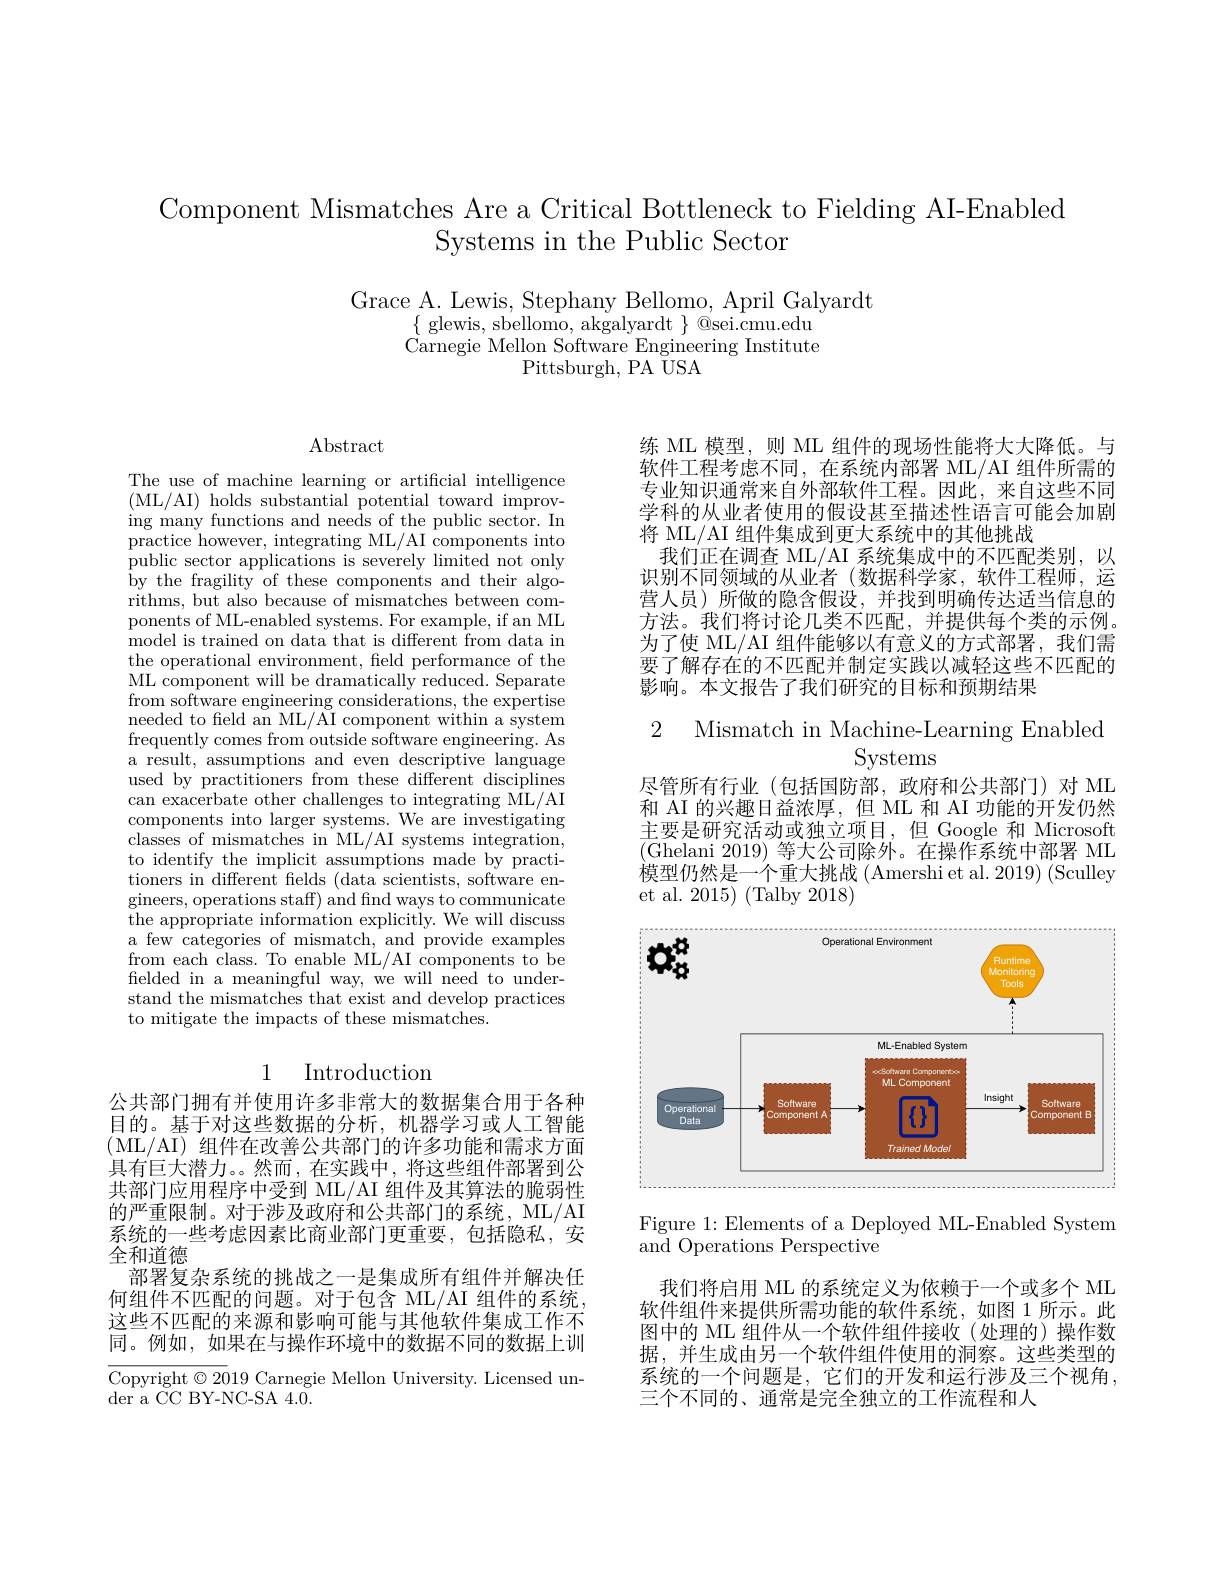
Component Mismatches Are a Critical Bottleneck to Fielding AI-Enabled
Systems in the Public Sector

Grace A. Lewis, Stephany Bellomo, April Galyardt
$\{$glewis, sbellomo, akgalyardt$\}$@sei.cmu.edu Carnegie Mellon Software Engineering Institute
Pittsburgh, PA USA

$\operatorname{Abstract}$

The use of machine learning or artificial intelligence (ML/AI) holds substantial potential toward improving many functions and needs of the public sector. In practice however, integrating ML/AI components into public sector applications is severely limited not only by the fragility of these components and their algorithms, but also because of mismatches between components of ML-enabled systems. For example, if an ML model is trained on data that is different from data in the operational environment, field performance of the ML component will be dramatically reduced. Separate from software engineering considerations, the expertise needed to field an ML/AI component within a system frequently comes from outside software engineering. As a result, assumptions and even descriptive language used by practitioners from these different disciplines can exacerbate other challenges to integrating ML/AI components into larger systems. We are investigating $\hat{\text{classes of mismatches in ML/AI systems integration,}}$ to identify the implicit assumptions made by practitioners in different felds (data scientists, software engineers, operations staff) and find ways to communicate the appropriate information explicitly. We will discuss a few categories of mismatch, and provide examples from each class. To enable ML/AI components to be fielded in a meaningful way, we will need to understand the mismatches that exist and develop practices to mitigate the impacts of these mismatches.

## 1 Introduction

公共部门拥有并使用许多非常大的数据集合用于各种目的。基于对这些数据的分析，机器学习或人工智能(ML/AI) 组件在改善公共部门的许多功能和需求方面具有巨大潜力。。然而，在实践中，将这些组件部署到公共部门应用程序中受到 ML/AI 组件及其算法的脆弱性的严重限制。对于涉及政府和公共部门的系统，ML/AI 系统的一些考虑因素比商业部门更重要，包括隐私，安全和道德
部署复杂系统的挑战之一是集成所有组件并解决任何组件不匹配的问题。对于包含 ML/AI 组件的系统， 这些不匹配的来源和影响可能与其他软件集成工作不同。例如，如果在与操作环境中的数据不同的数据上训Copyright$\odot2019$ Carnegie Mellon University. Licensed un-

${\mathrm{der~a~CC~BY-NC-SA~4.0.}}$

练 ML 模型，则 ML 组件的现场性能将大大降低。与软件工程考虑不同，在系统内部署 ML/AI 组件所需的专业知识通常来自外部软件工程。因此，来自这些不同学科的从业者使用的假设甚至描述性语言可能会加剧将 ML/AI 组件集成到更大系统中的其他挑战
我们正在调查 ML/AI 系统集成中的不匹配类别，以识别不同领域的从业者(数据科学家，软件工程师，运营人员)所做的隐含假设，并找到明确传达适当信息的方法。我们将讨论几类不匹配，并提供每个类的示例。为了使 ML/AI 组件能够以有意义的方式部署，我们需要了解存在的不匹配并制定实践以减轻这些不匹配的影响。本文报告了我们研究的目标和预期结果

2 Mismatch in Machine-Learning Enabled
# Systems

尽管所有行业(包括国防部，政府和公共部门)对 ML 和 AI 的兴趣日益浓厚，但 ML 和 AI 功能的开发仍然主要是研究活动或独立项目，但 Google 和 Microsoft (Ghelani 2019) 等大公司除外。在操作系统中部署 ML 模型仍然是一个重大挑战 (Amershi et al. 2019) (Sculley et al. $2015)\pmod{2018}$

<FigureHere>

Figure 1: Elements of a Deployed ML-Enabled System
and Operations Perspective

我们将启用 ML 的系统定义为依赖于一个或多个 ML 软件组件来提供所需功能的软件系统，如图 1 所示。此图中的 ML 组件从一个软件组件接收(处理的)操作数据，并生成由另一个软件组件使用的洞察。这些类型的系统的一个问题是，它们的开发和运行涉及三个视角， 三个不同的、通常是完全独立的工作流程和人